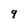
Character: 9